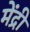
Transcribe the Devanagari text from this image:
मेंद्री